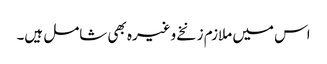
اس میں ملازم زنخے وغیرہ بھی شامل ہیں۔